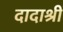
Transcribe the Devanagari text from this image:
दादाश्री